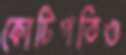
কোটিপতিও